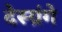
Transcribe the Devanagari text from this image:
देस्ग्रंगे